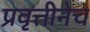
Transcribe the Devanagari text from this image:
प्रवृत्तीनेच